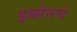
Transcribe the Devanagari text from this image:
इब्सेनचे